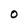
Character: 0